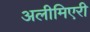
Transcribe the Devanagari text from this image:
अलीमिएरी